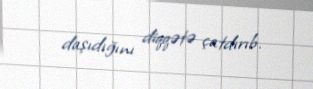
daşıdığını diqqətə çatdırıb.